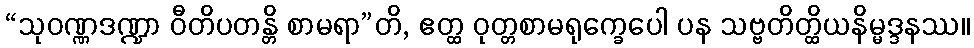
“သုဝဏ္ဏဒဏ္ဍာ ဝီတိပတန္တိ စာမရာ”တိ, ဧတ္ထ ဝုတ္တစာမရုက္ခေပေါ ပန သဗ္ဗတိတ္ထိယနိမ္မဒ္ဒနဿ။